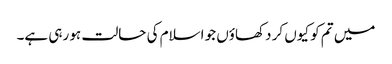
میں تم کو کیوں کر دکھاؤں جو اسلام کی حالت ہو رہی ہے۔